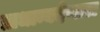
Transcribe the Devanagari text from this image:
प्राधान्यदेणारा